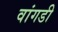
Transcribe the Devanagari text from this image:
वांगडी